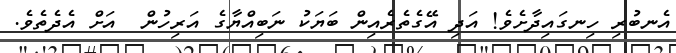
އެނބުރި ހިނގައިދާށެވެ! އަދި އޭގެތެރެއިން ބަޔަކު ނަބިއްޔާގެ އަރިހުން  އަށް އެދެތެވެ.